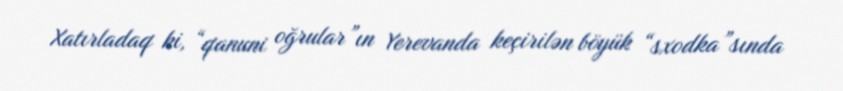
Xatırladaq ki, “qanuni oğrular”ın Yerevanda keçirilən böyük “sxodka”sında